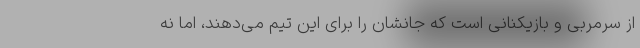
از سرمربی و بازیکنانی است که جانشان را برای این تیم می‌دهند، اما نه